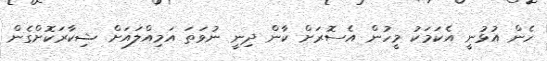
ހެން އުޅުނީ އެކަމަކު މީހުން އެސޮރަށް ކާން ދިނީ ނުވަތަ އަމިއްލައަށް ޝިކާރަކޮށްގެން